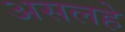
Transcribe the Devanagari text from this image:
असलहे